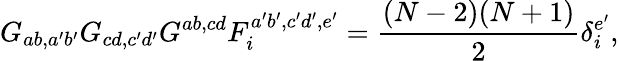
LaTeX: G_{ab,a^{\prime}b^{\prime}}G_{cd,c^{\prime}d^{\prime}}G^{ab,cd}F_{i}^{a^{\prime}b^{\prime},c^{\prime}d^{\prime},e^{\prime}}=\frac{(N-2)(N+1)}{2}\delta_{i}^{e^{\prime}},